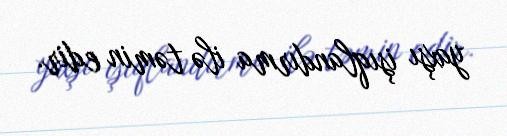
yaxşı işıqlandırma ilə təmin edir.